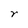
Character: r